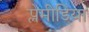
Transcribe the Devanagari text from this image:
प्लेमीडिया